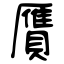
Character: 贋